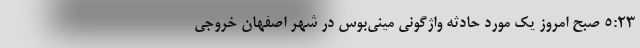
۵:۲۳ صبح امروز یک مورد حادثه واژگونی مینی‌بوس در شهر اصفهان خروجی